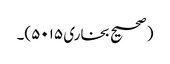
(صحیح بخاری ۵۰۱۵)۔